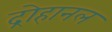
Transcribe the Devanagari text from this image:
द्रोहानल